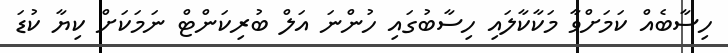
ހިސާބެއް ކަމަށްވާ މަކާކާލައި ހިސާބުގައި ހުންނަ އަލް ބުރިކަންޓް ނަމަކަށް ކިޔާ ކުޑަ